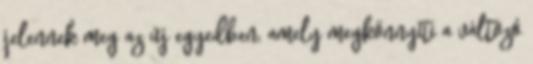
jelennek meg az új egyedben, amely megkönnyíti a változó